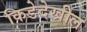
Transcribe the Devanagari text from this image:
किडेदेखील